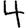
Digit: 4